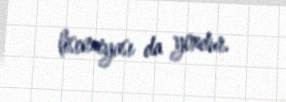
lisenziyası da yoxdur.